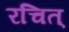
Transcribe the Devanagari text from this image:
रचित्